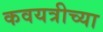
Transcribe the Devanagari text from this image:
कवयत्रीच्या